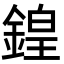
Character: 鍠